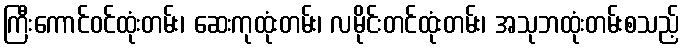
ကြီးကောင်ဝင်ထုံးတမ်း၊ ဆေးကုထုံးတမ်း၊ လမိုင်းတင်ထုံးတမ်း၊ အသုဘထုံးတမ်းစသည့်